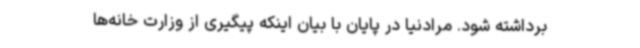
برداشته شود. مرادنیا در پایان با بیان اینکه پیگیری از وزارت خانه‌ها